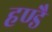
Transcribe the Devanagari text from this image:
हण्डै